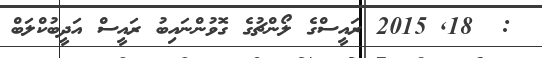
:  18